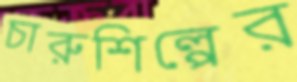
চারুশিল্পের